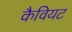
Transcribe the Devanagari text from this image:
कैवियट